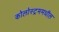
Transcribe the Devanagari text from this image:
कोलोस्ट्रममधील